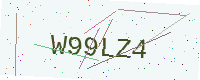
Text: W99LZ4